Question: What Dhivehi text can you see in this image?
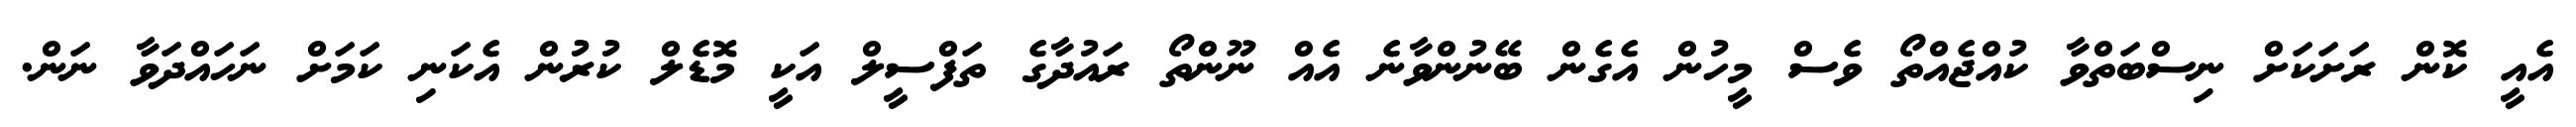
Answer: އެއީ ކޮން ރަށަކަށް ނިސްބަތްވާ ކުއްޖެއްތޯ ވެސް މީހުން އެގެން ބޭނުންވާނެ އެއް ނޫންތޯ ރައުދާގެ ތަފްސީލް އަކީ މޮޑެލް ކުރުން އެކަނި ކަމަށް ނަހައްދަވާ ނަން.